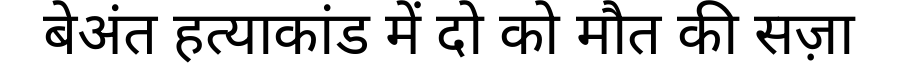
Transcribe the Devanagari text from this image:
बेअंत हत्याकांड में दो को मौत की सज़ा